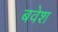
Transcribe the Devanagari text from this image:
बवेश